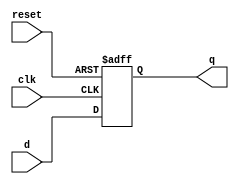
module parameterized_register #(
    parameter WIDTH = 8  // Default width of the register
)(
    input wire clk,      // Clock signal
    input wire reset,    // Active-high asynchronous reset
    input wire [WIDTH-1:0] d,  // Input data
    output reg [WIDTH-1:0] q    // Output data
);

    // Always block for synchronous operation
    always @(posedge clk or posedge reset) begin
        if (reset) begin
            q <= {WIDTH{1'b0}};  // Initialize register to zero
        end else begin
            q <= d;              // Store input data in the register
        end
    end

endmodule